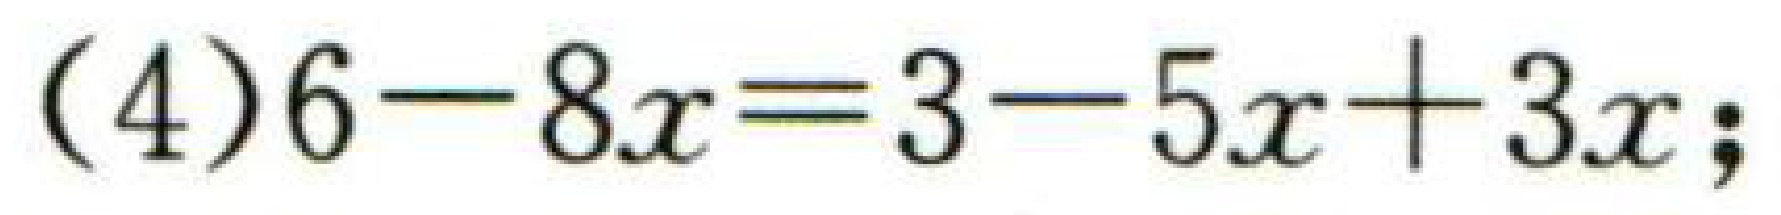
(4)$6 - 8x=3 - 5x + 3x$；